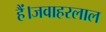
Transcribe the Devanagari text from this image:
हैं।जवाहरलाल